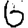
Digit: 6